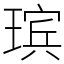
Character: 瑸